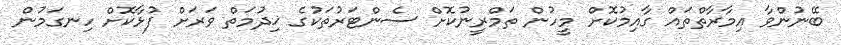
ބޭނުންވާ އިމާރާތްތައް ގާއިމުކޮށް މީހުން ތަމްރީނުކޮށް ސެންޓަރުތަކުގެ ޚިދުމަތް ވަރަށް ފުޅާކޮށް ހިނގަމުން